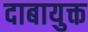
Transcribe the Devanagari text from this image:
दाबायुक्त